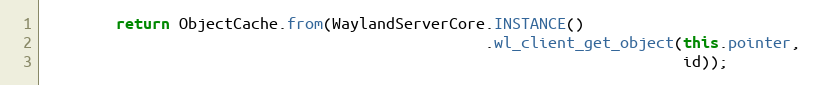
Language: Java
        return ObjectCache.from(WaylandServerCore.INSTANCE()
                                                 .wl_client_get_object(this.pointer,
                                                                       id));